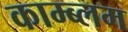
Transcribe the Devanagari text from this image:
काम्ब्लम